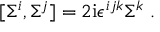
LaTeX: [ \Sigma ^ { i } , \Sigma ^ { j } ] = 2 \mathrm { i } \epsilon ^ { i j k } \Sigma ^ { k } \ .